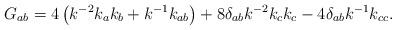
LaTeX: \begin{align*}G_{ab} = 4 \left ( k^{-2} k_{a} k_{b} + k^{-1} k_{ab} \right ) + 8\delta _{ab} k^{-2 } k_{c} k_{c} - 4 \delta _{ab} k^{-1 } k_{cc}.\end{align*}